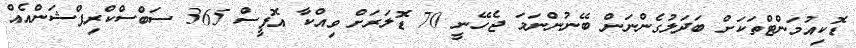
ޑޮކިއުމަންޓްތަކަށް ބަދަލުގެންނަން ބޭނުންނަމަ ޖެހޭނީ 70 ޑޮލަރަށް ވިއްކާ އޮފީސް 365 ސަބްސްކްރިޕްޝަންއެއް